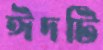
ঈদটি